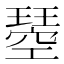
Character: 𭹸